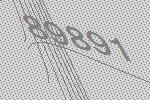
89891